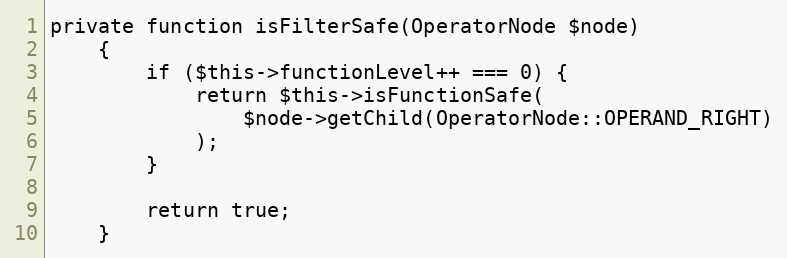
Language: PHP
private function isFilterSafe(OperatorNode $node)
    {
        if ($this->functionLevel++ === 0) {
            return $this->isFunctionSafe(
                $node->getChild(OperatorNode::OPERAND_RIGHT)
            );
        }

        return true;
    }